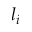
l _ { i }